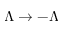
\Lambda \rightarrow - \Lambda